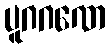
ပူဂဂဏေ